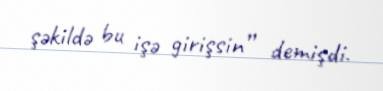
şəkildə bu işə girişsin” demişdi.